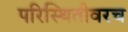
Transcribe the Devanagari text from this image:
परिस्थितीवरच